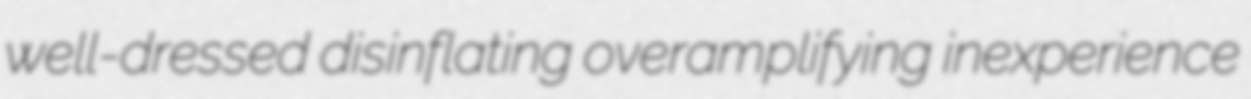
well-dressed disinflating overamplifying inexperience